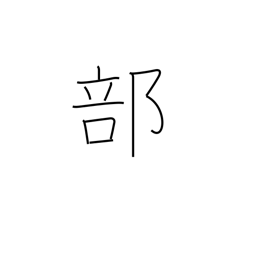
Meaning: portion